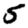
Digit: 5